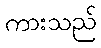
ကားသည်